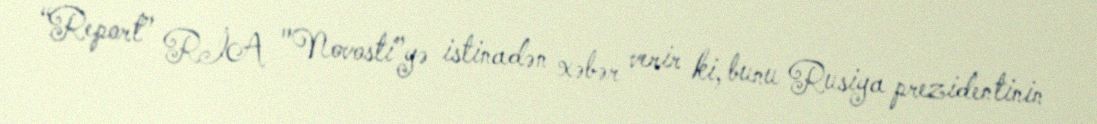
“Report” RİA "Novosti”yə istinadən xəbər verir ki, bunu Rusiya prezidentinin